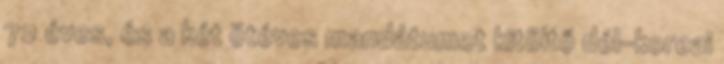
72 éves, és a két ötéves mandátumot kitöltő dél-koreai